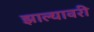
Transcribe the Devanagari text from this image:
झाल्यावरी